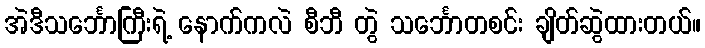
အဲဒီသင်္ဘောကြီးရဲ့ နောက်ကလဲ စီဘီ တွဲ သင်္ဘောတစင်း ချိတ်ဆွဲထားတယ်။